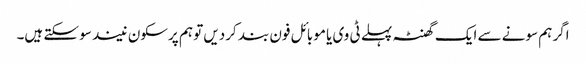
اگر ہم سونے سے ایک گھنٹہ پہلے ٹی وی یا موبائل فون بند کردیں تو ہم پرسکون نیند سو سکتے ہیں۔